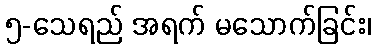
၅-သေရည် အရက် မသောက်ခြင်း၊